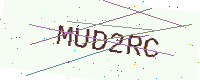
Text: MUD2RC